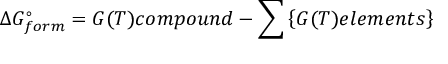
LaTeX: \Delta G _ { f o r m } ^ { \circ } = G ( T ) c o m p o u n d - \sum \left\{ G ( T ) e l e m e n t s \right\}